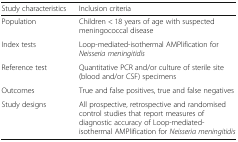
<table><thead><tr><td><b>Study characteristics</b></td><td><b>Inclusion criteria</b></td></tr></thead><tbody><tr><td>Population</td><td>Children &lt; 18 years of age with suspected meningococcal disease</td></tr><tr><td>Index tests</td><td>Loop-mediated-isothermal AMPlification for <i>Neisseria meningitidis</i></td></tr><tr><td>Reference test</td><td>Quantitative PCR and/or culture of sterile site (blood and/or CSF) specimens</td></tr><tr><td>Outcomes</td><td>True and false positives, true and false negatives</td></tr><tr><td>Study designs</td><td>All prospective, retrospective and randomised control studies that report measures of diagnostic accuracy of Loop-mediated-isothermal AMPlification for <i>Neisseria meningitidis</i></td></tr></tbody></table>